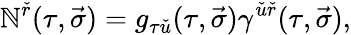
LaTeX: \mathbb{N}^{\check{{r}}}(\tau,\vec{{\sigma}})=g_{\tau\check{{u}}}(\tau,\vec{{\sigma}})\gamma^{\check{{u}}\check{{r}}}(\tau,\vec{{\sigma}}),